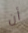
أن